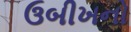
ઉબીખનો